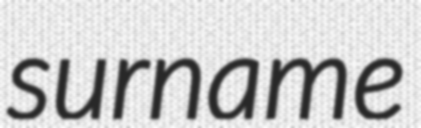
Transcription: surname